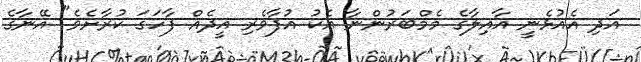
އަދި އެއުޅެނީ އާއިލާގެ މެމްބަރުންނާ އެކު އުފާވެރި އީދެއް ފާހަގަ ކުރާށެވެ" އޭނާގެ